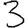
Digit: 3